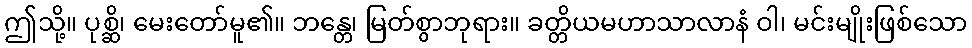
ဤသို့။ ပုစ္ဆိ၊ မေးတော်မူ၏။ ဘန္တေ၊ မြတ်စွာဘုရား။ ခတ္တိယမဟာသာလာနံ ဝါ၊ မင်းမျိုးဖြစ်သော